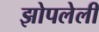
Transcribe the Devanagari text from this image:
झोपलेली